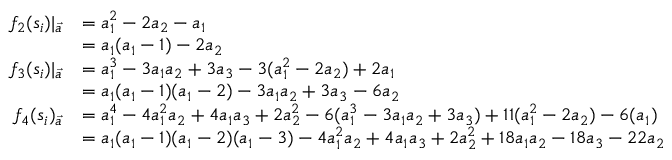
\begin{array} { r l } { f _ { 2 } ( s _ { i } ) | _ { \vec { a } } } & { = a _ { 1 } ^ { 2 } - 2 a _ { 2 } - a _ { 1 } } \\ & { = a _ { 1 } ( a _ { 1 } - 1 ) - 2 a _ { 2 } } \\ { f _ { 3 } ( s _ { i } ) | _ { \vec { a } } } & { = a _ { 1 } ^ { 3 } - 3 a _ { 1 } a _ { 2 } + 3 a _ { 3 } - 3 ( a _ { 1 } ^ { 2 } - 2 a _ { 2 } ) + 2 a _ { 1 } } \\ & { = a _ { 1 } ( a _ { 1 } - 1 ) ( a _ { 1 } - 2 ) - 3 a _ { 1 } a _ { 2 } + 3 a _ { 3 } - 6 a _ { 2 } } \\ { f _ { 4 } ( s _ { i } ) _ { \vec { a } } } & { = a _ { 1 } ^ { 4 } - 4 a _ { 1 } ^ { 2 } a _ { 2 } + 4 a _ { 1 } a _ { 3 } + 2 a _ { 2 } ^ { 2 } - 6 ( a _ { 1 } ^ { 3 } - 3 a _ { 1 } a _ { 2 } + 3 a _ { 3 } ) + 1 1 ( a _ { 1 } ^ { 2 } - 2 a _ { 2 } ) - 6 ( a _ { 1 } ) } \\ & { = a _ { 1 } ( a _ { 1 } - 1 ) ( a _ { 1 } - 2 ) ( a _ { 1 } - 3 ) - 4 a _ { 1 } ^ { 2 } a _ { 2 } + 4 a _ { 1 } a _ { 3 } + 2 a _ { 2 } ^ { 2 } + 1 8 a _ { 1 } a _ { 2 } - 1 8 a _ { 3 } - 2 2 a _ { 2 } } \end{array}